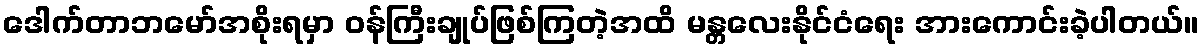
ဒေါက်တာဘမော်အစိုးရမှာ ဝန်ကြီးချုပ်ဖြစ်ကြတဲ့အထိ မန္တလေးနိုင်ငံရေး အားကောင်းခဲ့ပါတယ်။